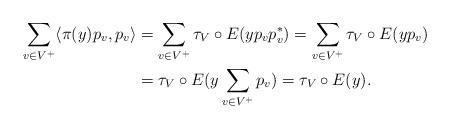
LaTeX: \begin{align*}\sum_{v\in V^+} \langle \pi(y) p_v , p_v \rangle & = \sum_{v\in V^+} \tau_V\circ E(y p_v p_v^*) = \sum_{v\in V^+} \tau_V\circ E(yp_v)\\& = \tau_V\circ E(y \sum_{v\in V^+} p_v) = \tau_V\circ E(y).\end{align*}